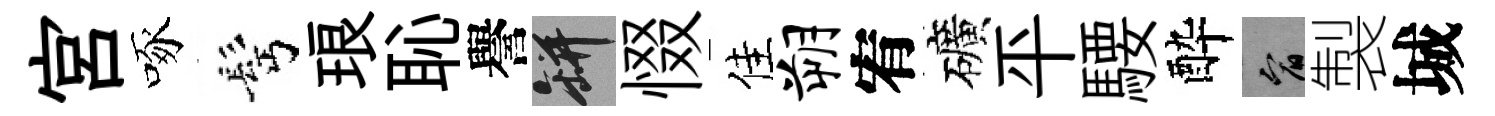
宫啄髩琅恥譽瓶惙佳朔宥礦平騕酔宥製城